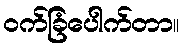
ဝက်ခြံပေါက်တာ။